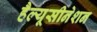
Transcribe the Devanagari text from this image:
हैल्यूसीनेशन